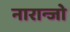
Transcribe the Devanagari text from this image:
नारान्जो